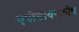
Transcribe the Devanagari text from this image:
एपीडायस्कोप